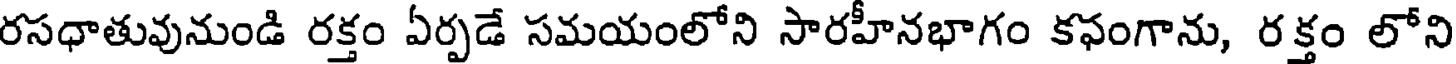
రసధాతువునుండి రక్తం ఏర్పడే సమయంలోని సారహీనభాగం కఫంగాను, రక్తం లోని